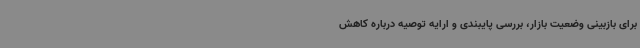
برای بازبینی وضعیت بازار، بررسی پایبندی و ارایه توصیه درباره کاهش